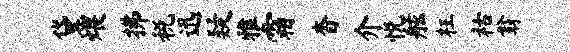
黛煨拂税迅疑雅霜杳介悦舷枉祜翁